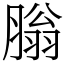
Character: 䐥